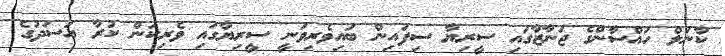
ކާނަލް ހައްސާންގެ ޖަނާޒާގައި ސީރިޔާ ސިފައިން ބައިވެރިވަނީ ސީރިޔާގައި ވެރިކަން ކުރާ އަސަދުގެ